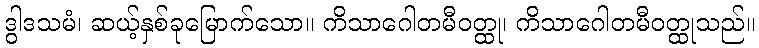
ဒွါဒသမံ၊ ဆယ့်နှစ်ခုမြောက်သော။ ကိသာဂေါတမီဝတ္ထု၊ ကိသာဂေါတမီဝတ္ထုသည်။